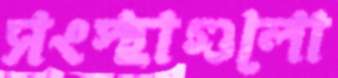
সংস্থাগুলো